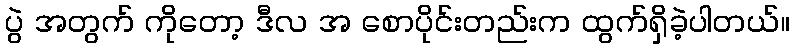
ပွဲ အတွက် ကိုတော့ ဒီလ အ စောပိုင်းတည်းက ထွက်ရှိခဲ့ပါတယ်။